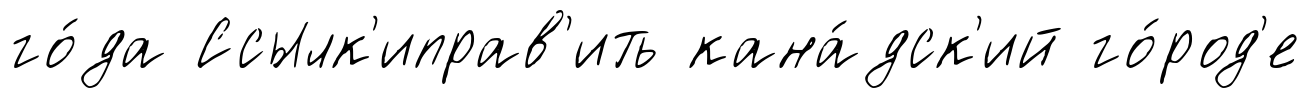
го́да Ссылк'иправ'ить кана́дск'ий го́род'е